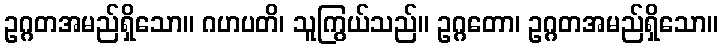
ဥဂ္ဂတအမည်ရှိသော။ ဂဟပတိ၊ သူကြွယ်သည်။ ဥဂ္ဂတော၊ ဥဂ္ဂတအမည်ရှိသော။